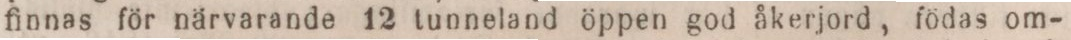
finnas för närvarande 12 tunneland öppen god åkerjord, födas om-